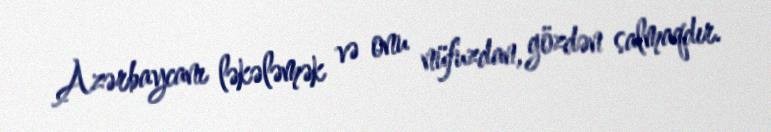
Azərbaycanı ləkələmək və onu nüfuzdan, gözdən salmaqdır.